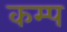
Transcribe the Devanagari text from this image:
कम्‍प